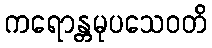
ကရောန္တမုပသေဝတိ